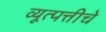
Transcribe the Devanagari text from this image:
व्यूत्पत्तीचे